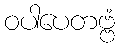
ဝပါပေတဗ္ဗံ